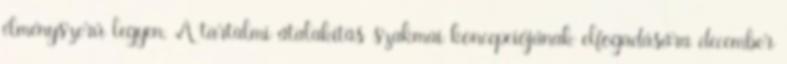
élményszerű legyen. A tartalmi átalakítás szakmai koncepciójának elfogadására december